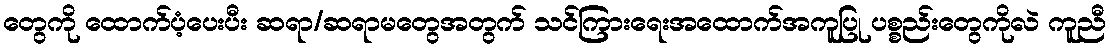
တွေကို ထောက်ပံ့ပေးပီး ဆရာ/ဆရာမတွေအတွက် သင်ကြားရေးအထောက်အကူပြု ပစ္စည်းတွေကိုလဲ ကူညီ